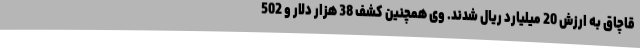
قاچاق به ارزش 20 میلیارد ریال شدند. وی همچنین کشف 38 هزار دلار و 502